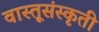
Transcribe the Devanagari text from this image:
वास्तूसंस्कृती